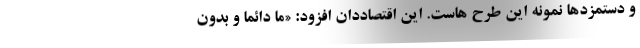
و دستمزدها نمونه این طرح هاست. این اقتصاددان افزود: «ما دائماً و بدون